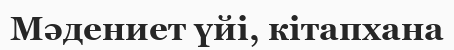
Мәдениет үйі, кітапхана